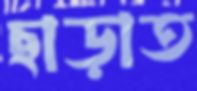
ছাড়াত